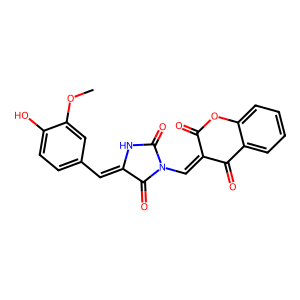
SMILES: COc1cc(C=C2NC(=O)N(C=C3C(=O)Oc4ccccc4C3=O)C2=O)ccc1O
Inhibits HIV replication: No